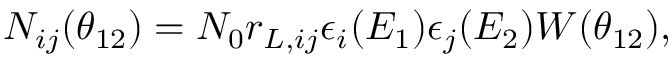
\begin{array} { r } { N _ { i j } ( \theta _ { 1 2 } ) = N _ { 0 } r _ { L , i j } \epsilon _ { i } ( E _ { 1 } ) \epsilon _ { j } ( E _ { 2 } ) W ( \theta _ { 1 2 } ) , } \end{array}